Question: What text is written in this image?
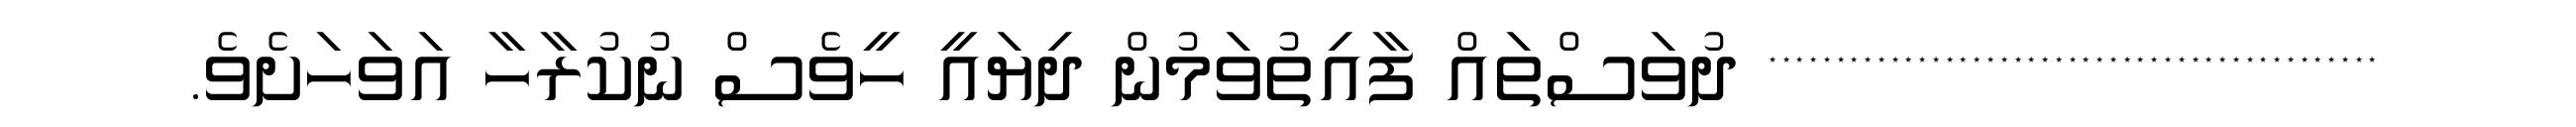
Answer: ********************************************* ދުވަސްތައް ފާއިތުވަމުން ދިޔައީ ހީވެސް ނުކުރާހާ އަވަހަށެވެ.